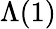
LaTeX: \Lambda(1)